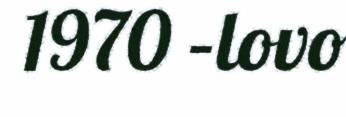
1970 –lovo